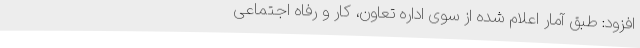
افزود: طبق آمار اعلام شده از سوی اداره تعاون، کار و رفاه اجتماعی